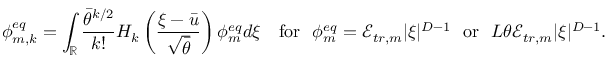
\phi _ { m , k } ^ { e q } = \int _ { \mathbb { R } } \frac { \bar { \theta } ^ { k / 2 } } { k ! } H _ { k } \left( \frac { \xi - \bar { u } } { \sqrt { \bar { \theta } } } \right) \phi _ { m } ^ { e q } d \xi \quad \mathrm { f o r ~ } \ \phi _ { m } ^ { e q } = \mathcal { E } _ { t r , m } | \xi | ^ { D - 1 } \ \mathrm { ~ o r ~ } \ L \theta \mathcal { E } _ { t r , m } | \xi | ^ { D - 1 } .